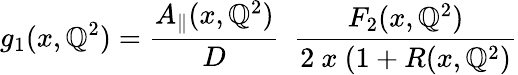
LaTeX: g_{1}(x,\mathbb{Q}^{2})=\frac{{A_{\| }(x,\mathbb{Q}^{2})}}{{D}}~~\frac{{F_{2}(x,\mathbb{Q}^{2})}}{{2~x~(1+R(x,\mathbb{Q}^{2})}}